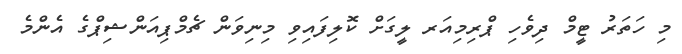
މި ހަތަރު ޓީމް ދިވެހި ޕްރިމިއަރ ލީގަށް ކޮލިފައިވި މިނިވަން ޗެމްޕިއަންޝިޕްގެ އެންމެ